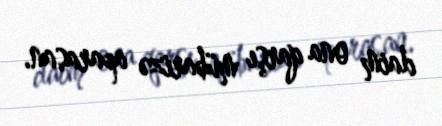
daim ona qarşı mübarizə aparasan.